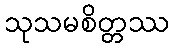
သုသမစိတ္တဿ